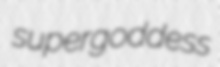
supergoddess